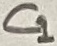
Text: C1